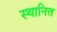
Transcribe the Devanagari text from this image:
स्थानित